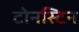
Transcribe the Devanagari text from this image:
टोनस्टिन